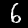
Digit: 6